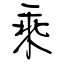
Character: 乘